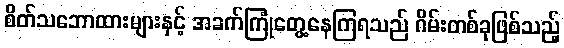
စိတ်သဘောထားများနှင့် အခက်ကြုံတွေ့နေကြရသည် ဂိမ်းတစ်ခုဖြစ်သည့်